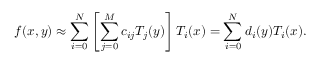
f ( x , y ) \approx \sum _ { i = 0 } ^ { N } \left[ \sum _ { j = 0 } ^ { M } c _ { i j } T _ { j } ( y ) \right] T _ { i } ( x ) = \sum _ { i = 0 } ^ { N } d _ { i } ( y ) T _ { i } ( x ) .